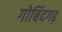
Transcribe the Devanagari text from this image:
गोबिंदगढ़